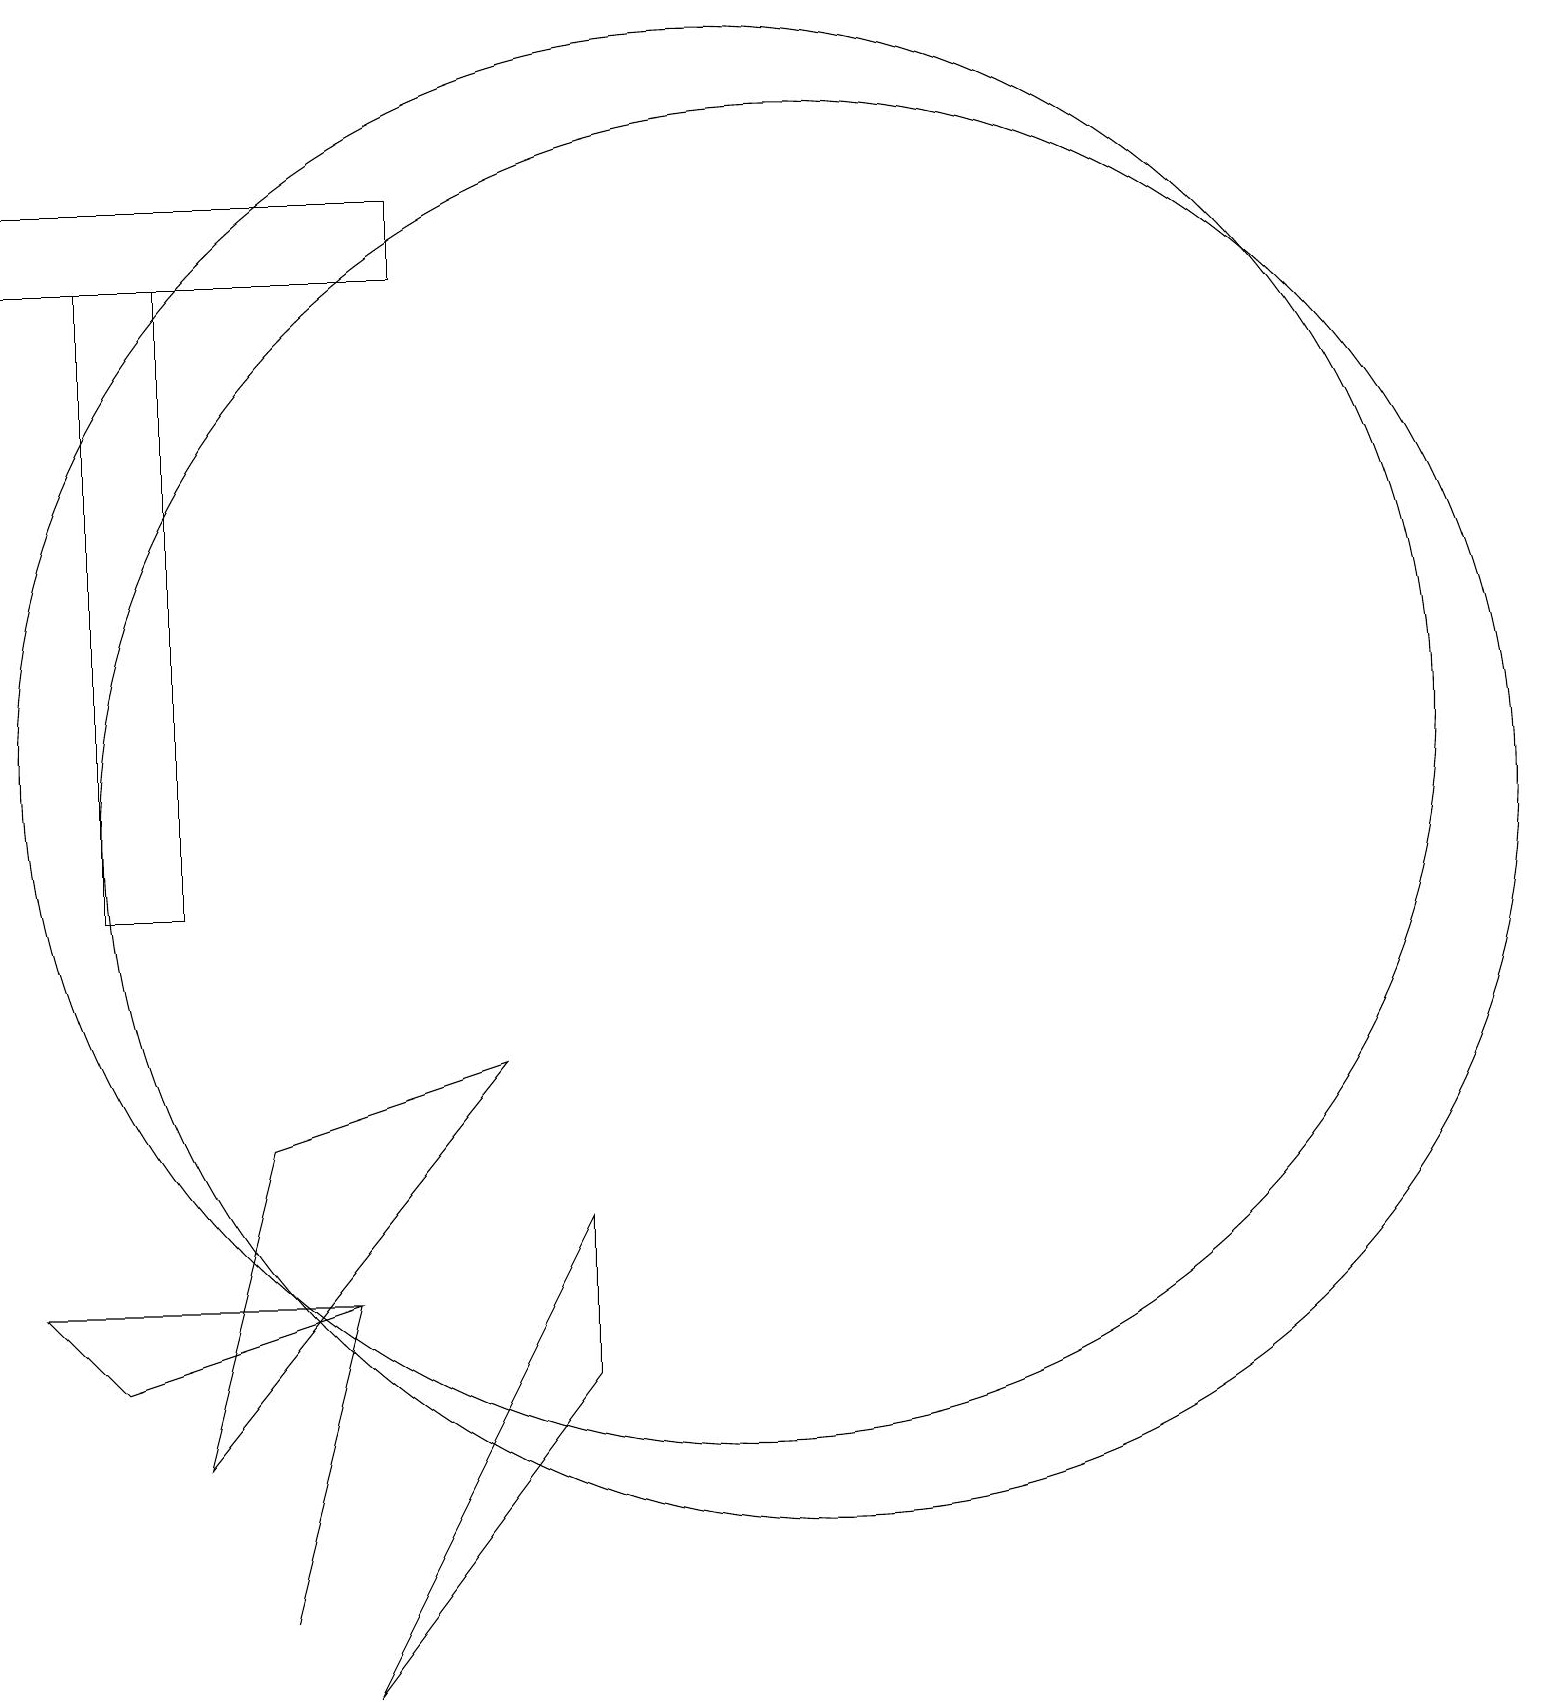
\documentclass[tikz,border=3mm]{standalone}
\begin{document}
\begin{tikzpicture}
\draw (2,19) rectangle (7,18);
\draw (4,3) -- (8,8) -- (5,7) -- cycle;
\draw (11,12) circle (9);
\draw (9,4) -- (9,6) -- (6,0) -- cycle;
\draw (12,11) circle (9);
\draw (3,10) rectangle (4,18);
\draw (6,5) -- (5,1) -- (6,5) -- cycle;
\draw (2,5) -- (3,4) -- (6,5) -- cycle;
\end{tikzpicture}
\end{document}